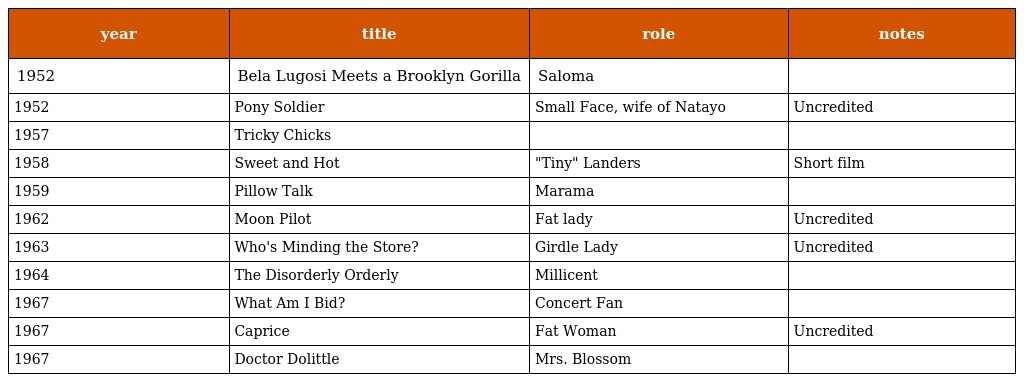
| year | title | role | notes |
 | --- | --- | --- | --- |
 | 1952 | Bela Lugosi Meets a Brooklyn Gorilla | Saloma |  |
 | 1952 | Pony Soldier | Small Face, wife of Natayo | Uncredited |
 | 1957 | Tricky Chicks |  |  |
 | 1958 | Sweet and Hot | "Tiny" Landers | Short film |
 | 1959 | Pillow Talk | Marama |  |
 | 1962 | Moon Pilot | Fat lady | Uncredited |
 | 1963 | Who's Minding the Store? | Girdle Lady | Uncredited |
 | 1964 | The Disorderly Orderly | Millicent |  |
 | 1967 | What Am I Bid? | Concert Fan |  |
 | 1967 | Caprice | Fat Woman | Uncredited |
 | 1967 | Doctor Dolittle | Mrs. Blossom |  |